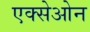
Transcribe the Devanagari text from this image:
एक्सेओन